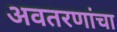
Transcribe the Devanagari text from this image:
अवतरणांचा